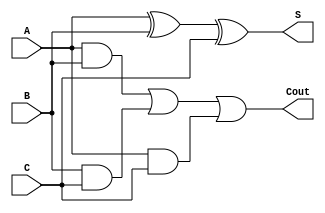
module AD_FullAdder
(
	input A, 
	input B,
	input C,
	output S,
	output Cout
);

assign S = (A ^ B ^ C);
assign Cout = (A & B) | (B & C) | (A & C);

endmodule